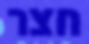
חצר